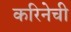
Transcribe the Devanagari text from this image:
करिनेची